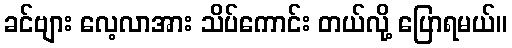
ခင်ဗျား လေ့လာအား သိပ်ကောင်း တယ်လို့ ပြောရမယ်။